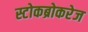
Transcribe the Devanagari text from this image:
स्टोकब्रोकरेज